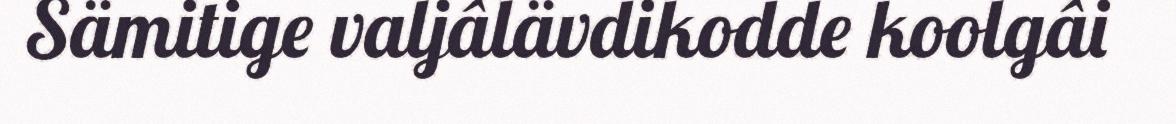
Sämitige valjâlävdikodde koolgâi